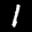
Label: 1